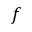
f